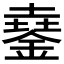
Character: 𨩓